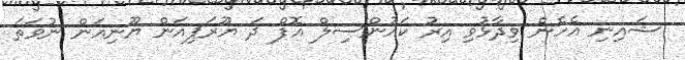
ޝައިނި އެހެން ވިދާޅުވި އިރު ކައުންސިލް އޮފް ދަ ޔޫރަޕިއަން ޔޫނިއަން ނުވަތަ